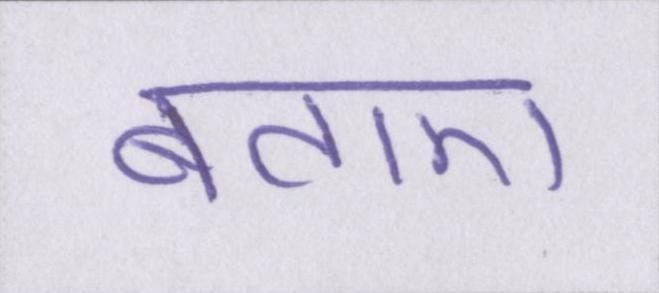
बताए